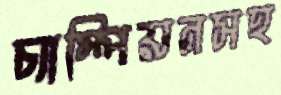
চ্যাম্পিয়নসহ